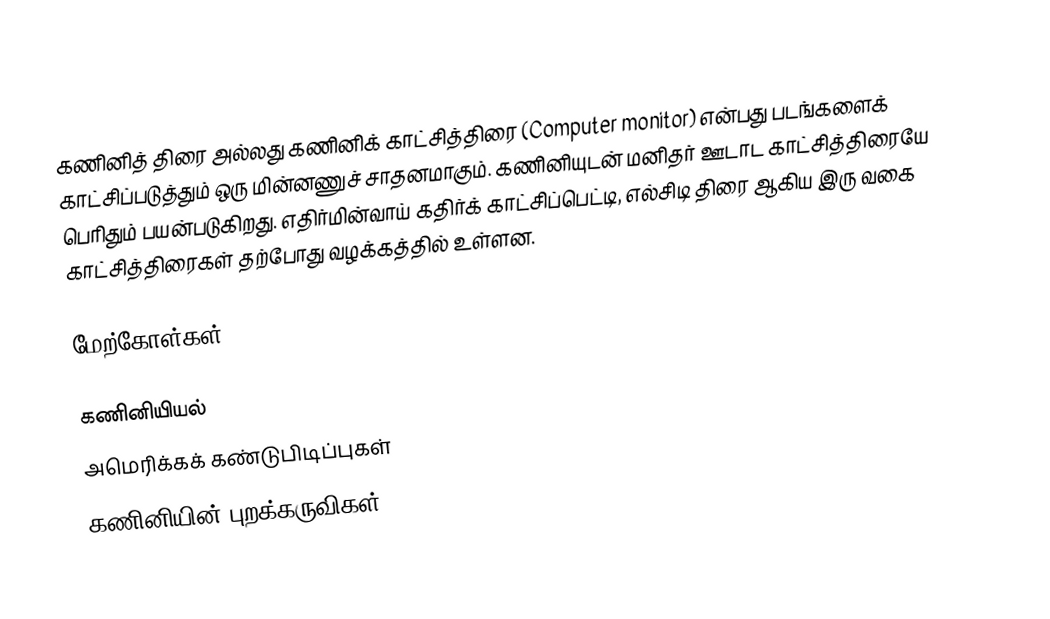
கணினித் திரை அல்லது கணினிக் காட்சித்திரை (Computer monitor) என்பது படங்களைக் காட்சிப்படுத்தும் ஒரு மின்னணுச் சாதனமாகும்.  கணினியுடன் மனிதர் ஊடாட காட்சித்திரையே பெரிதும் பயன்படுகிறது.  எதிர்மின்வாய் கதிர்க் காட்சிப்பெட்டி, எல்சிடி திரை ஆகிய இரு வகை காட்சித்திரைகள் தற்போது வழக்கத்தில் உள்ளன.

மேற்கோள்கள்

கணினியியல்
அமெரிக்கக் கண்டுபிடிப்புகள்
கணினியின் புறக்கருவிகள்